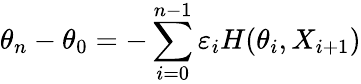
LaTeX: \theta_{n}-\theta_{0}=-\sum_{i=0}^{n-1}\varepsilon_{i}H(\theta_{i},X_{i+1})